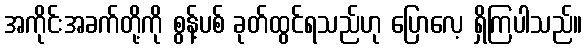
အကိုင်းအခက်တို့ကို စွန့်ပစ် ခုတ်ထွင်ရသည်ဟု ပြောလေ့ ရှိကြပါသည်။